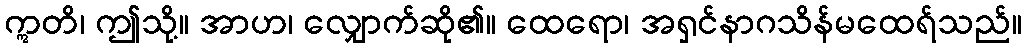
ဣတိ၊ ဤသို့။ အာဟ၊ လျှောက်ဆို၏။ ထေရော၊ အရှင်နာဂသိန်မထေရ်သည်။